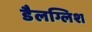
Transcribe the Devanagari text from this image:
डैलग्लिश